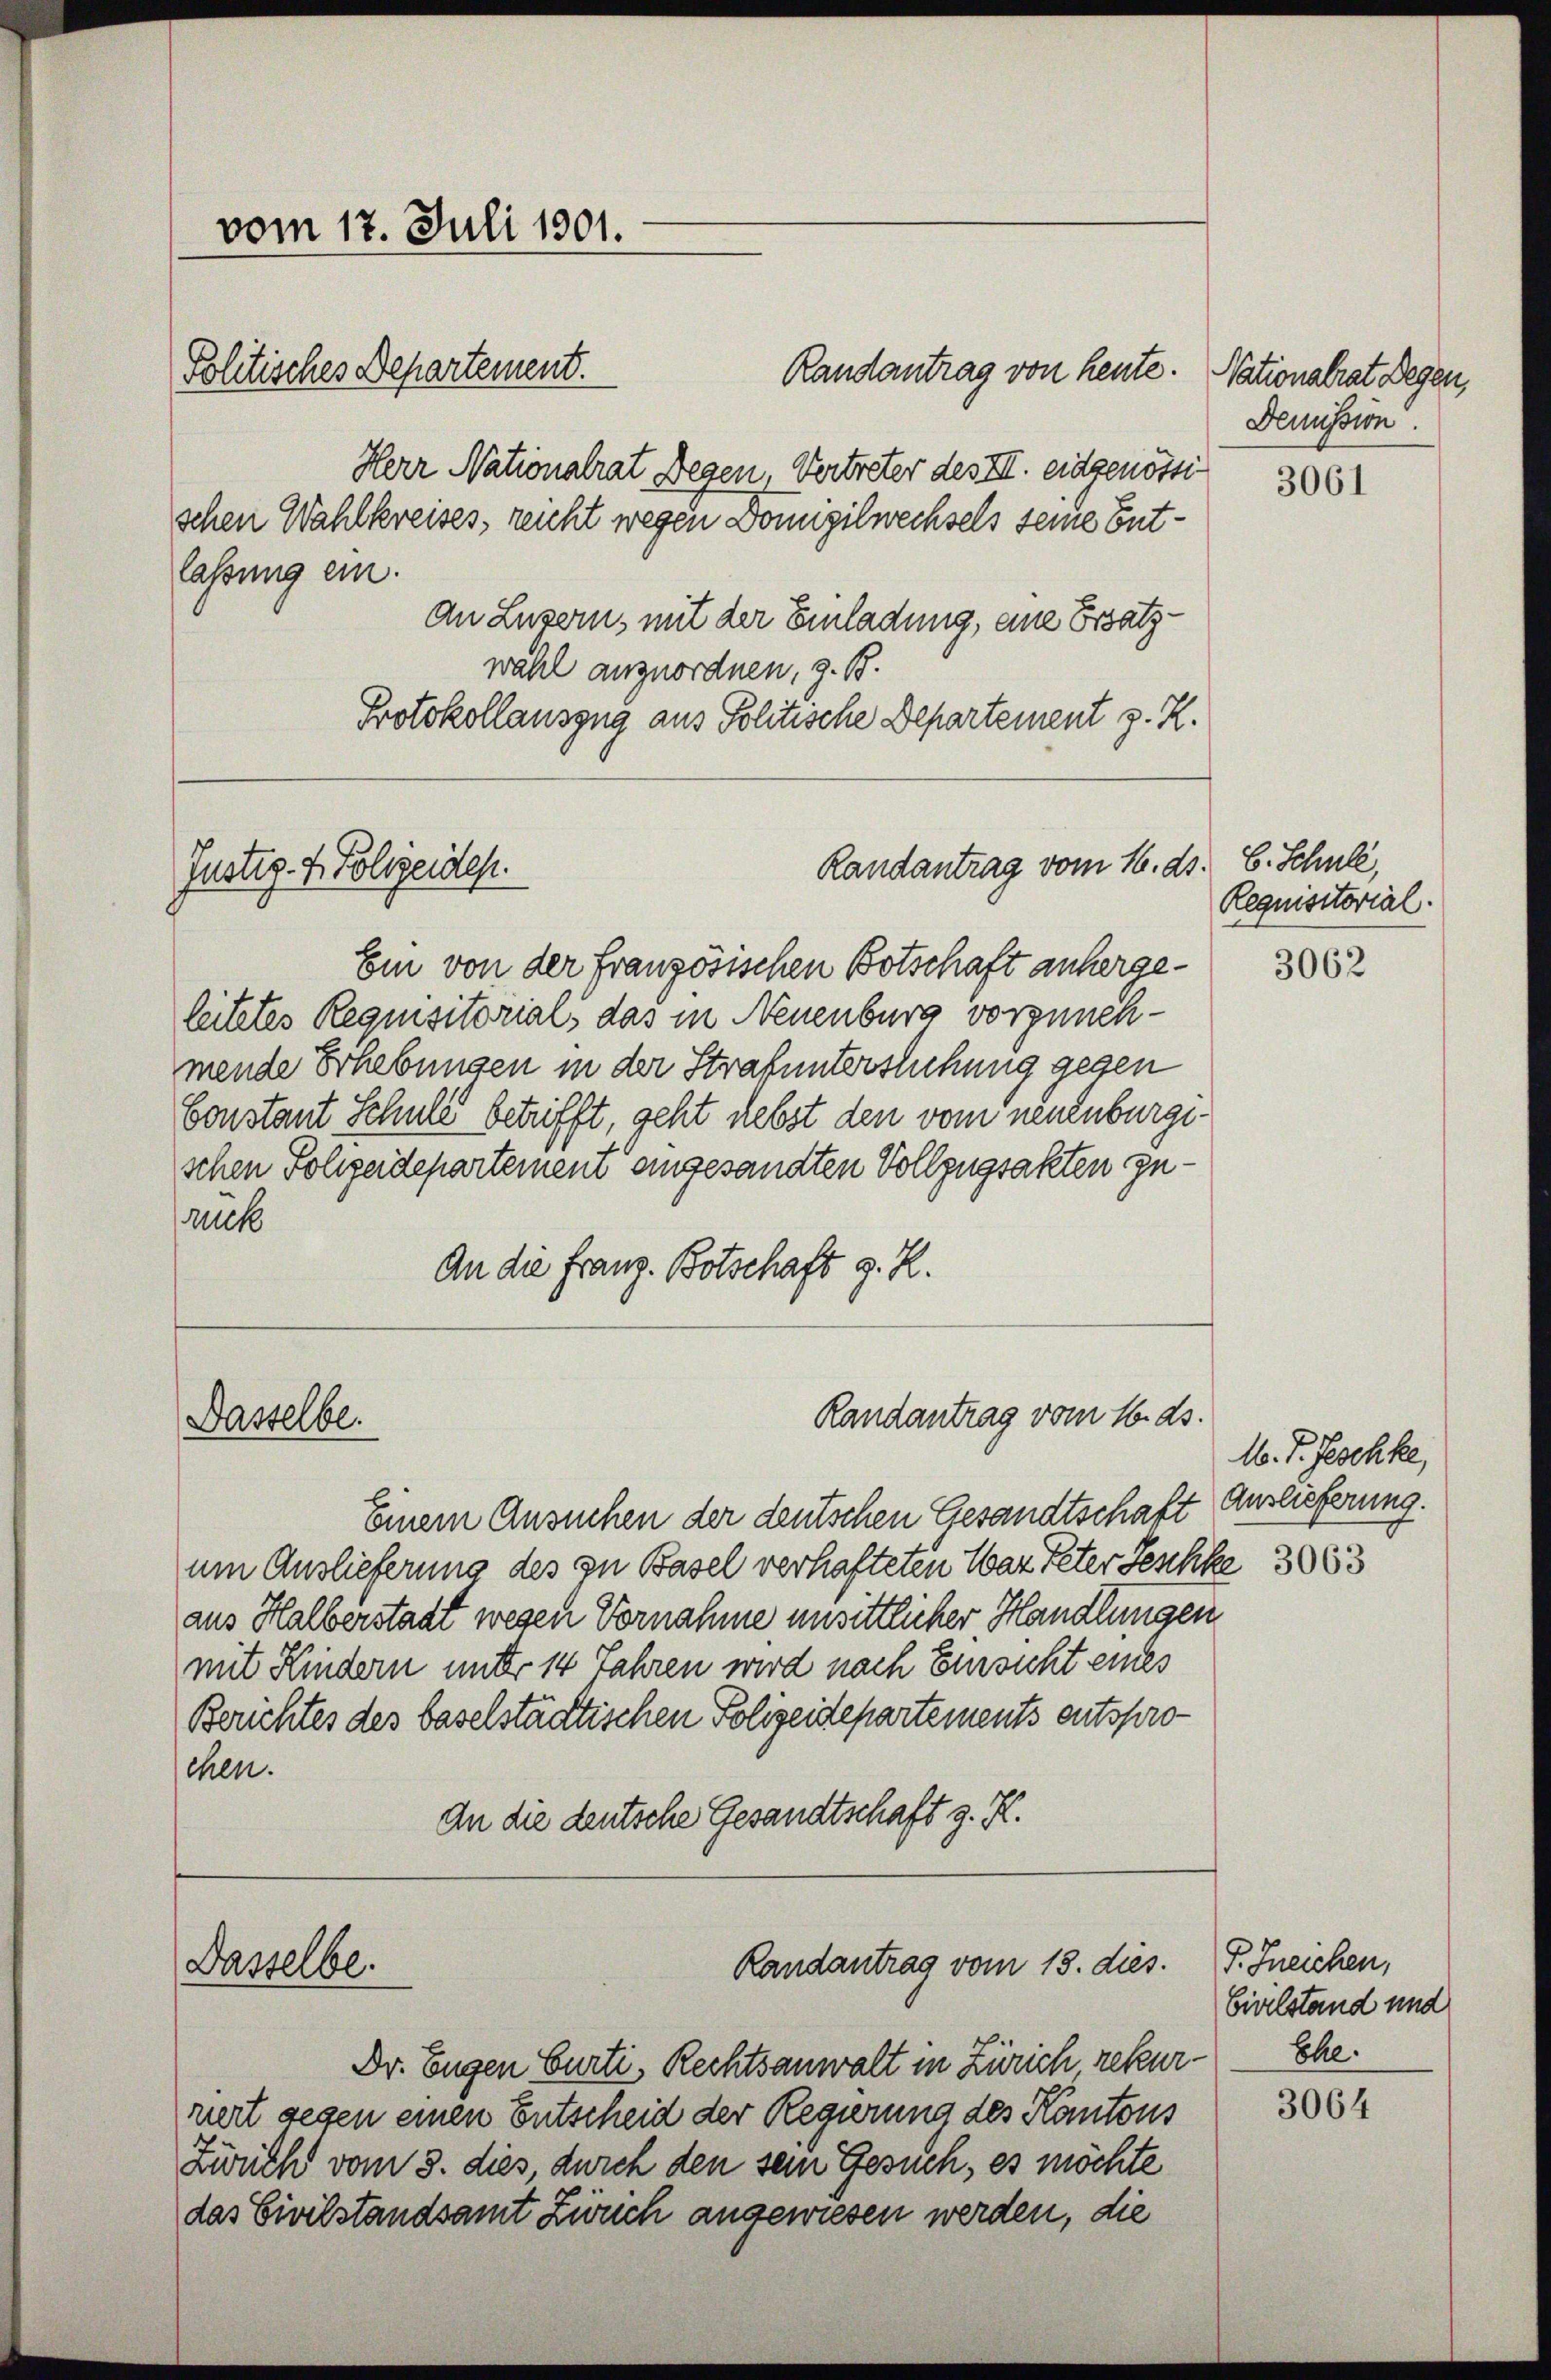
vom 17. Juli 1901.

Randantrag von heute. Nationalrat Degen,
Herr Nationalrat Degen, Vertreter des III. eidgenössi
schen Wahlkreises, reicht wegen Donngilwechsels seine Entlassung ein.
An Luzern, mit der Einladung, eine Ersatzwahl anzuordnen, z. B.
Protokollauszug aus Politische Departement z. R.

Politisches Departement.

Justiz- & Polizeides.

Ein von der französischen Botschaft anhergeleitetes Requisitorials das in Neuenburg vorzunehmende Erhebungen in der Strafunterstehung gegen
Constant Schule betrifft, geht nebst den vom neuenburgeschen Polizeidepartement angesandten Vollzugsakten zuauck
An die Franz. Botschaft z. R.

Dasselbe.

Einem Ansuchen der deutschen Gesandtschaft Auslieferung.
um Auslieferung des zu Basel verhafteten War Peter Geschke 3883
aus Halberstaat wegen Vornahme unsittlicher Handlungen
mit Kindern unter 14 Jahren wird nach Einsicht eines
Berichtes des baselstädtischen Polizeidepartements entsprochen.
An die deutsche Gesandtschaft z. K.

Dasselbe.

Dr. Eugen Curti, Rechtsanwalt in Zürich, rekurriert gegen einen Entscheid der Regierung des Kantons
Züricht vom 3. dies, durch den sein Gesuch, es möchte
das Civilstandsamt Zwuch angewiesen werden, die

Randantrag vom 16. ds. 6. Schule,

Randantrag vom 16. ds.

Randantrag vom 18. dies. F. Ineichen,

Demission.

3061

Requisitorial.

3062

M. P. Geschke,

Civilstand und
Ehe.
3064